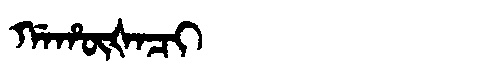
Manchu: ᡤᠠᡥᡡᡧᠠᠴᡳ
Romanization: GAHŪŠACI